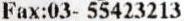
FAX:03- 55423213